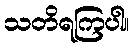
သတိရကြပါ။